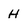
Character: H